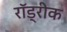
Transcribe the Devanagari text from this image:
रॉड्रीक